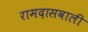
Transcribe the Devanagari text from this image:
रामदासवाली